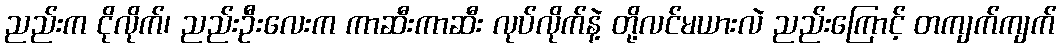
ညည်းက ငိုလိုက်၊ ညည်းဦးလေးက ကာဆီးကာဆီး လုပ်လိုက်နဲ့ တို့လင်မယားလဲ ညည်းကြောင့် တကျက်ကျက်